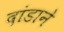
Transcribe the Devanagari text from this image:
दांडाने